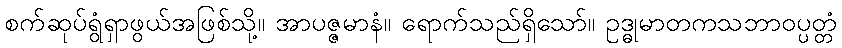
စက်ဆုပ်ရွံရှာဖွယ်အဖြစ်သို့။ အာပဇ္ဇမာနံ။ ရောက်သည်ရှိသော်။ ဥဒ္ဓုမာတကသဘာဝပ္ပတ္တံ